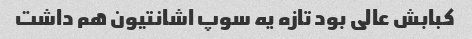
کبابش عالی بود تازه یه سوپ اشانتیون هم داشت